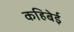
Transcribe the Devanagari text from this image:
कहिबेई